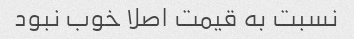
نسبت به قیمت اصلا خوب نبود